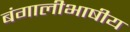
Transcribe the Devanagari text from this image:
बंगालीभाषीय